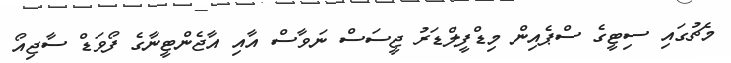
މެޗުގައި ސިޓީގެ ސްޕެއިން މިޑްފީލްޑަރު ޖީސަސް ނަވާސް އާއި އާޖެންޓީނާގެ ފޯވަޑް ސާޖިއޯ